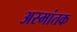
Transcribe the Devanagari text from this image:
अस्मांतक